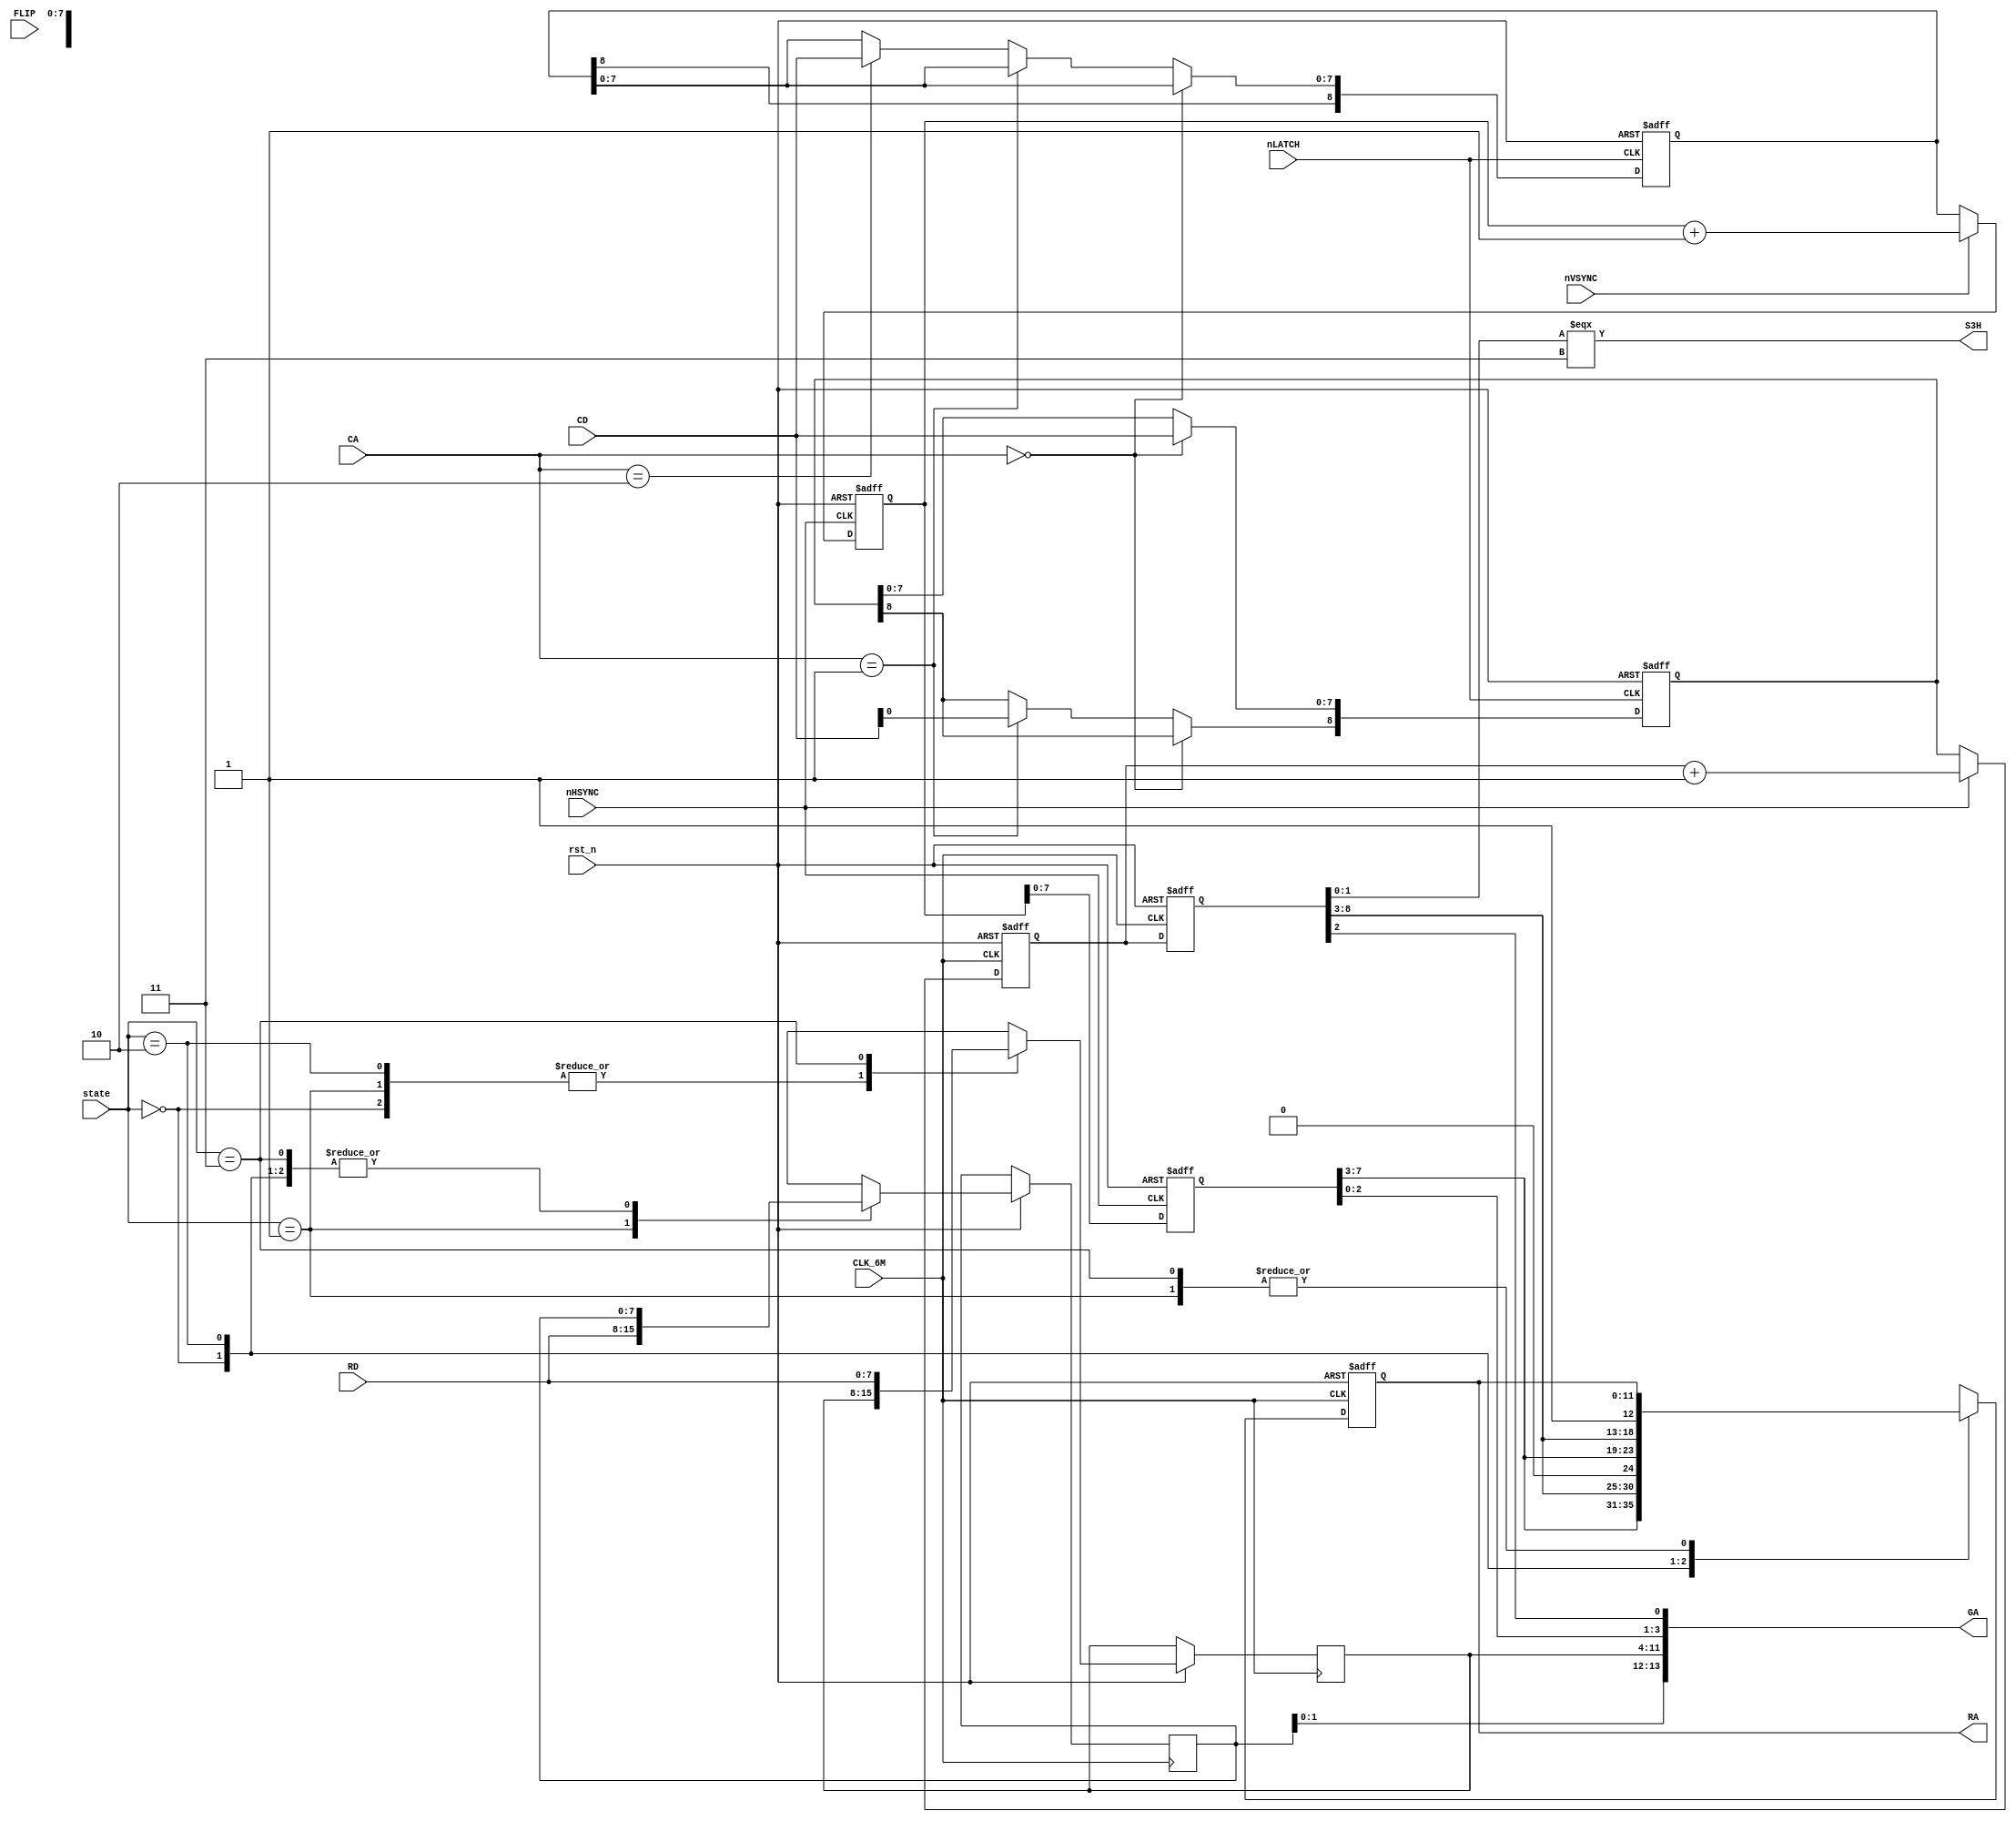
`timescale 1ns / 1ps
//////////////////////////////////////////////////////////////////////////////////
// Company: 
// 
// Design Name:    SCROLL H POSITION
// Module Name:    system86\src\custom\gng_scroll_position.v 
// Project Name:   Namco System86 simulation
// Target Devices: 
// Tool versions: 
// Description:    Namco CUS42 - GnG SCROLL H POSITION 85606 - B - 2 - 7/9
//
// Dependencies: 
//
// Revision: 
// Revision 0.01 - File Created
// Additional Comments: 
// License:        https://www.apache.org/licenses/LICENSE-2.0
//
//////////////////////////////////////////////////////////////////////////////////
module cus42_layer
	(
		input wire rst_n,
		input wire [1:0] state,
		input wire CLK_6M,
		input wire FLIP,
		input wire nLATCH,		// CPU write request
		input wire [1:0] CA,		// CPU address bus
		input wire [7:0] CD,		// CPU data bus
		input wire [7:0] RD,		// SRAM data bus
		input wire nHSYNC,
		input wire nVSYNC,
		output wire [11:0] RA,	// SRAM address bus
		output wire [13:0] GA,	// PROM address bus
		output wire S3H			// latch request
	);
	
	reg [8:0] hScrollOffset;	// 2 layers 9 bits
	reg [8:0] vScrollOffset;	// 2 layers 9 bits
	
	//wire [8:0] fhCounter;
	reg [8:0] hScrollCounter_next;
	reg [8:0] vScrollCounter_next;
	reg [8:0] hScrollCounter;
	reg [8:0] vScrollCounter;
	
	// worry about flipping later
	//assign fhCounter = FLIP ? (384 - H) : H;	// * for flip just subtract from width
	
	wire [8:0] SH;		// 9 bits	0 -> 384
	wire [8:0] SV;		// 9 bits	0 -> 264
	
	reg [7:0] tile_index = 0;
	reg [7:0] attr = 0;
	
	//
	// debug
	//
	
	// tilemap space
	wire [5:0] tilemap_column;
	wire [4:0] tilemap_row;
	
	// ram
	reg [11:0] sram_addr;
	
	// tile space
	wire [2:0] tile_row;		// the row of the tile
	wire [2:0] tile_column;
	wire tile_column_nibble;	// which nibble of the tile row MSB or LSB
	
	//
	// behaviour
	//
	
	reg nHSYNC_last = 0;
	reg nVSYNC_last = 0;
	
	/*always @(posedge CLK_6M) begin
		if (!rst_n) begin
			hScrollCounter <= 0;
			vScrollCounter <= 0;
		end else	begin
			if (!nHSYNC && nHSYNC_last) begin
				hScrollCounter <= hScrollOffset;
				
				if (nVSYNC && !nVSYNC_last)
					vScrollCounter <= vScrollOffset;
				else
					vScrollCounter <= vScrollCounter + 1'b1;
			end else
					hScrollCounter <= hScrollCounter + 1'b1;
		end
		
		nHSYNC_last <= nHSYNC;
		nVSYNC_last <= nVSYNC;
	end*/
	
	always @(negedge CLK_6M or negedge rst_n) begin
		if (!rst_n) begin
			hScrollCounter_next <= 0;
		end else	begin	
			if (!nHSYNC)
				hScrollCounter_next <= hScrollOffset;
			else
				hScrollCounter_next <= hScrollCounter_next + 1'b1;
		end
	end
	
	always @(posedge CLK_6M or negedge rst_n) begin
		if (!rst_n) begin
			hScrollCounter = 0;
			sram_addr = 0;
		end else	begin
			hScrollCounter = hScrollCounter_next;
			
			case (state)
				2'b00: sram_addr = { tilemap_row, tilemap_column, 1'b0 };
				2'b01: attr = RD;
				2'b10: sram_addr = { tilemap_row, tilemap_column, 1'b1 };
				2'b11: tile_index = RD;
			endcase
		end
	end
	
	always @(negedge nHSYNC or negedge rst_n) begin
		if (!rst_n) begin
			vScrollCounter_next <= 0;
		end else	begin
			if (!nVSYNC)
				vScrollCounter_next <= vScrollOffset;
			else
				vScrollCounter_next <= vScrollCounter_next + 1'b1;
		end
	end
	
	always @(posedge nHSYNC or negedge rst_n) begin
		if (!rst_n) begin
			vScrollCounter <= 0;
		end else	begin
			vScrollCounter <= vScrollCounter_next;
		end
	end
	
	/*always @(SH[1:0] or RD) begin
		if (SH[1:0] === 2'b01)
			tile_index <= RD;
		else if (SH[1:0] === 2'b11)
		*/

	// Handle CPU control requests
	always @(negedge nLATCH or negedge rst_n) begin
		if (!rst_n) begin
			hScrollOffset <= 0;
			vScrollOffset <= 0;
		end else	if (!nLATCH) begin
			if (CA[1:0] == 'b00)
				// tilemap 0/1 X scroll + priority
				// set lower 8 bits
				hScrollOffset[7:0] <= CD;
			else if (CA[1:0] == 2'b01) begin
				// tilemap 0/1 X scroll + priority
				// set 9th bit
				hScrollOffset[8] <= CD[0];
			end else if (CA[1:0] == 2'b10)
				// tilemap 0/1 Y scroll
				// set all 8 bits
				vScrollOffset[7:0] <= CD;
		end
	end	
	
	//assign SH = { hScrollCounter[8:3], FLIP ? ~hScrollCounter[2:0] : hScrollCounter[2:0] };	// negate flipped counter
	assign SH = { hScrollCounter[8:3], hScrollCounter[2:0] };
	assign SV = vScrollCounter;
	assign S3H = SH[1:0] === 2'b11;
	
	//assign RA = { SV[7:3], SH[8:3], SH[1] };
	assign RA = sram_addr;
	
	assign GA = { attr, tile_index, SV[2:0], SH[2] };
	
	// debug
		
	// tilemap space
	assign tilemap_column = SH[8:3];
	assign tilemap_row = SV[7:3];
	
	// tile space
	assign tile_row = SV[2:0];
	assign tile_column = SH[2:0];
	assign tile_column_nibble = SH[2];
endmodule